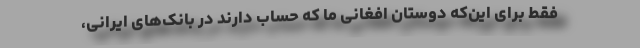
فقط برای این‌که دوستان افغانی ما که حساب دارند در بانک‌های ایرانی،